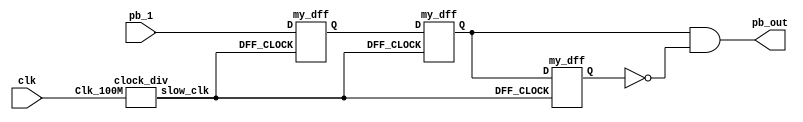
`timescale 1ns / 1ps

//////////////////////////////////////////////////////////////////////////////////

// Company: 

// Engineer: 

// 


// Design Name: 

// Module Name:    debounce 

// Project Name: 

// Target Devices: 

// Tool versions: 

// Description: 

//

// Dependencies: 

//

// Revision: 

// Revision 0.01 - File Created

// Additional Comments: 

//

//////////////////////////////////////////////////////////////////////////////////

module debounce(input pb_1,clk,output pb_out);

wire slow_clk;

wire Q1,Q2,Q2_bar,Q0;

clock_div u1(clk,slow_clk);

my_dff d0(slow_clk, pb_1,Q0 );



my_dff d1(slow_clk, Q0,Q1 );

my_dff d2(slow_clk, Q1,Q2 );

assign Q2_bar = ~Q2;

assign pb_out = Q1 & Q2_bar;

endmodule

// Slow clock for debouncing 

module clock_div(input Clk_100M, output reg slow_clk



    );

    reg [26:0]counter=0;

    always @(posedge Clk_100M)

    begin

        counter <= (counter>=249999)?0:counter+1;

        slow_clk <= (counter < 125000)?1'b0:1'b1;

    end

endmodule

// D-flip-flop for debouncing module 

module my_dff(input DFF_CLOCK, D, output reg Q);



    always @ (posedge DFF_CLOCK) begin

        Q <= D;

    end



endmodule